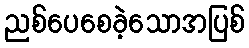
ညစ်ပေစေခဲ့သောအပြစ်